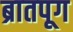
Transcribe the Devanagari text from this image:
ब्रातपूग